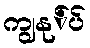
ကျွနု်ပ်